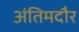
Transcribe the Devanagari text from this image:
अंतिमदौर